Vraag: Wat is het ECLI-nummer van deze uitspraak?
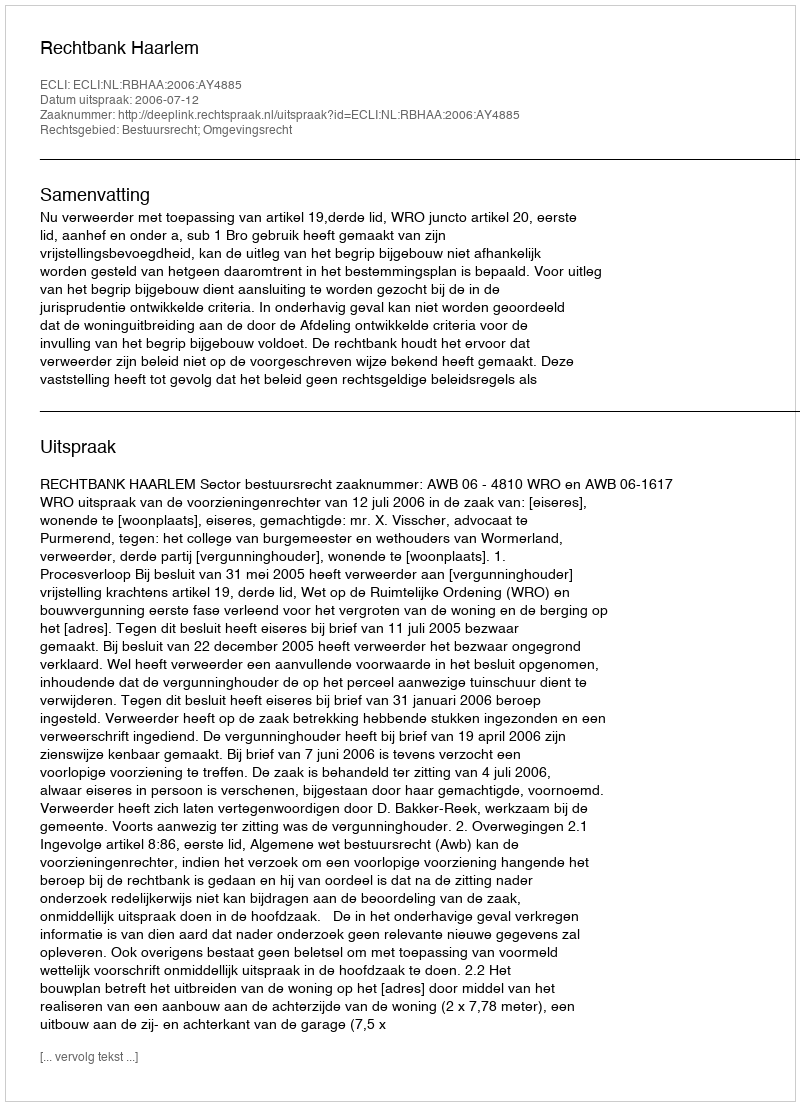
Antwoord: ECLI:NL:RBHAA:2006:AY4885